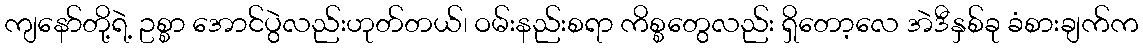
ကျနော်တို့ရဲ့ ဥစ္စာ အောင်ပွဲလည်းဟုတ်တယ်၊ ဝမ်းနည်းစရာ ကိစ္စတွေလည်း ရှိတော့လေ အဲဒီနှစ်ခု ခံစားချက်က